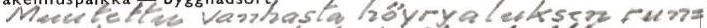
Muutettu vanhasta höyryaluksen run=